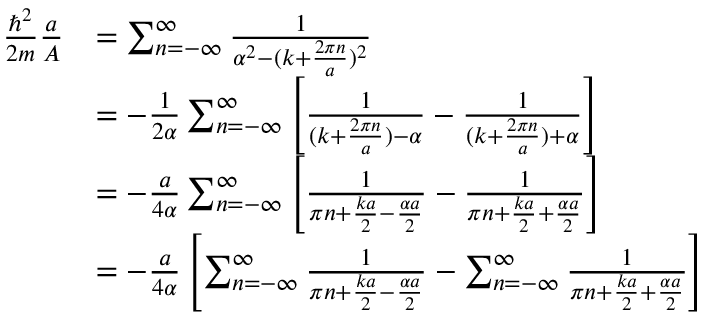
{ \begin{array} { r l } { { \frac { \hbar ^ { 2 } } { 2 m } } { \frac { a } { A } } } & { = \sum _ { n = - \infty } ^ { \infty } { \frac { 1 } { \alpha ^ { 2 } - ( k + { \frac { 2 \pi n } { a } } ) ^ { 2 } } } } \\ & { = - { \frac { 1 } { 2 \alpha } } \sum _ { n = - \infty } ^ { \infty } \left[ { \frac { 1 } { ( k + { \frac { 2 \pi n } { a } } ) - \alpha } } - { \frac { 1 } { ( k + { \frac { 2 \pi n } { a } } ) + \alpha } } \right] } \\ & { = - { \frac { a } { 4 \alpha } } \sum _ { n = - \infty } ^ { \infty } \left[ { \frac { 1 } { \pi n + { \frac { k a } { 2 } } - { \frac { \alpha a } { 2 } } } } - { \frac { 1 } { \pi n + { \frac { k a } { 2 } } + { \frac { \alpha a } { 2 } } } } \right] } \\ & { = - { \frac { a } { 4 \alpha } } \left[ \sum _ { n = - \infty } ^ { \infty } { \frac { 1 } { \pi n + { \frac { k a } { 2 } } - { \frac { \alpha a } { 2 } } } } - \sum _ { n = - \infty } ^ { \infty } { \frac { 1 } { \pi n + { \frac { k a } { 2 } } + { \frac { \alpha a } { 2 } } } } \right] } \end{array} }